Vaccine operations Central Provinces & Berar 1922-1929 - 1922-1929
Year: 1922
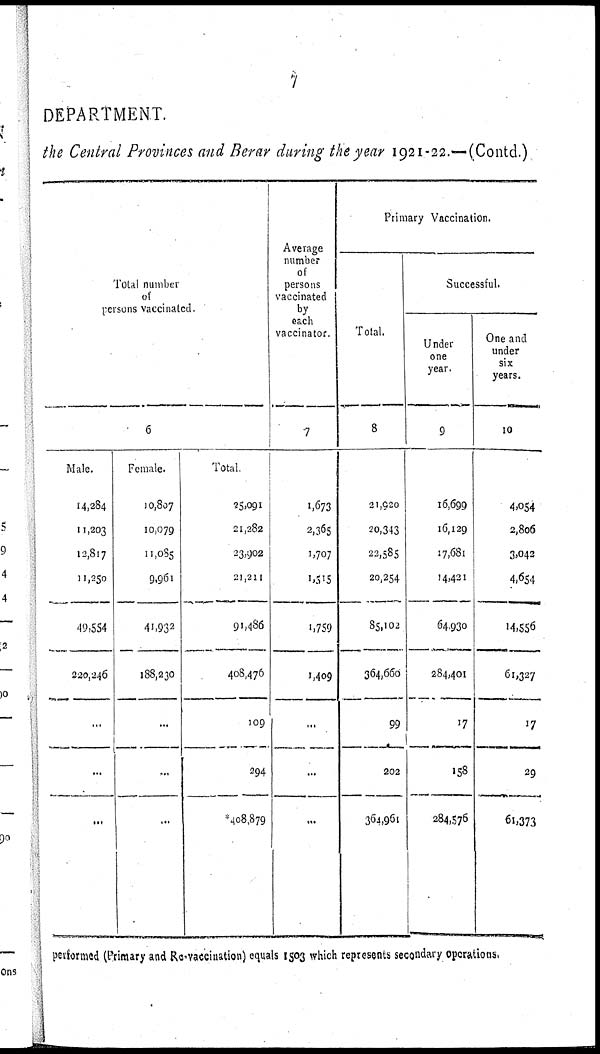
7
DEPARTMENT.
the Central Provinces and Berar during the year 1921-22.—(Contd.)
Total number
of
persons vaccinated.
6
Male.
14,284
11,203
12,817
11,250
49,554
220,246
...
...
...
Female.
10,807
10,079
11,085
9,961
41,932
188,230
...
...
...
Total.
25,091
21,282
23,902
21,211
91,486
408,476
109
294
*408,879
Average
number
of
persons
vaccinated
by
each
vaccinator.
7
1,673
2,365
1,707
1,515
1,759
1,409
...
...
...
Primary Vaccination.
Total.
8
21,920
20,343
22,585
20,254
85,102
364,660
99
202
364,961
Successful.
Under
one
year.
9
16,699
16,129
17,681
14,421
64,930
284,401
17
158
284,576
One and
under
six
years.
10
4,054
2,806
3,042
4,654
14,556
61,327
17
29
61,373
performed (Primary and Re-vaccination) equals 1503 which represents secondary operations.